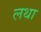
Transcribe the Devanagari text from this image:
लथा